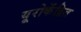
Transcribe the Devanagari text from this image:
यूरोकेंद्रित